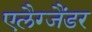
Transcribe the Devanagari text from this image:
एलैग्जैंडर